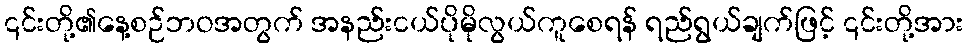
၎င်းတို့၏နေ့စဉ်ဘဝအတွက် အနည်းငယ်ပိုမိုလွယ်ကူစေရန် ရည်ရွယ်ချက်ဖြင့် ၎င်းတို့အား